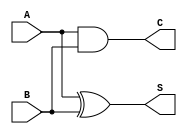
module half_adder (
    input wire A,
    input wire B,
    output wire S,
    output wire C
);
    // Half-Adder Logic
    assign S = A ^ B; // Sum output
    assign C = A & B; // Carry output
endmodule